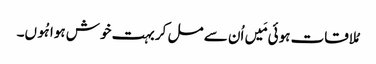
مُلاقات ہوئی مَیں اُن سے مل کر بہت خوش ہوا ہُوں۔